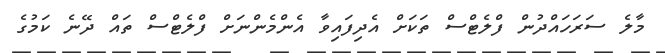
މާލެ ސަރަހައްދުން ފްލެޓްސް ތަކަށް އެދިފައިވާ އެންމެންނަށް ފްލެޓްްސް ތައް ދޭނެ ކަމުގެ